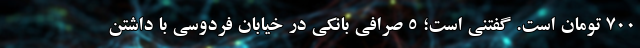
۷۰۰ تومان است. گفتنی است؛ ۵ صرافی بانکی در خیابان فردوسی با داشتن